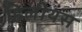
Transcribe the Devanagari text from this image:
हिलीयस